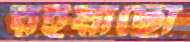
রইয়াছো